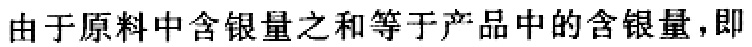
由于原料中含银量之和等于产品中的含银量，即